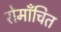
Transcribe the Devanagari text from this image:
रोमाँचित